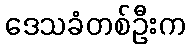
ဒေသခံတစ်ဦးက